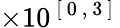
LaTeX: \times 10^{\mathrm{~[~0~,~3~]~}}